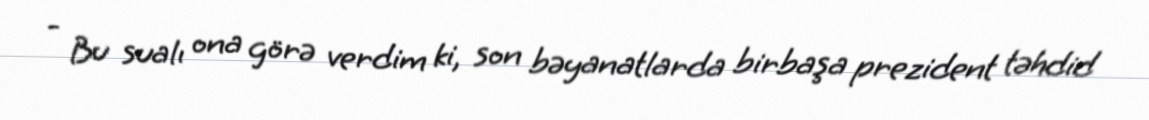
- Bu sualı ona görə verdim ki, son bəyanatlarda birbaşa prezident təhdid